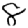
Digit: 8